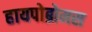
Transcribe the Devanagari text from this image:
हायपोब्रोमस